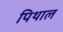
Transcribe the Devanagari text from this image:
पिथाल